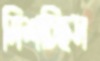
মিশচ্ছিস